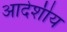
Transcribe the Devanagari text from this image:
आदेशीय